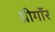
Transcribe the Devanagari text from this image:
ग्रीगॉर